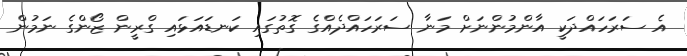
އެ ސަރަހައްދަކީ އާންމުންނަށް މަނާ ސަރަހައްދެއްގެ ގޮތުގައި ކަނޑައަޅައި ގްރީން ޒޯންގެ ނަމުން